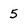
Character: 5